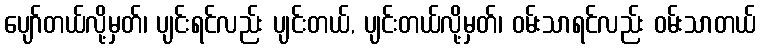
ပျော်တယ်လို့မှတ်၊ ပျင်းရင်လည်း ပျင်းတယ်, ပျင်းတယ်လို့မှတ်၊ ဝမ်းသာရင်လည်း ဝမ်းသာတယ်